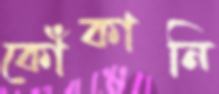
কোঁকানি